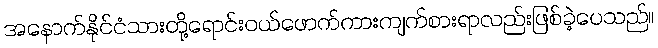
အနောက်နိုင်ငံသားတို့ရောင်းဝယ်ဖောက်ကားကျက်စားရာလည်းဖြစ်ခဲ့ပေသည်။